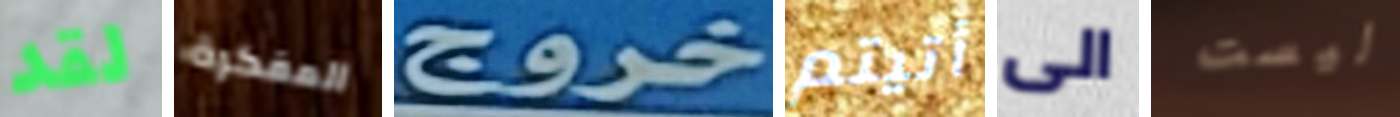
لقد المفكرة خروج أتيتم الى ليست